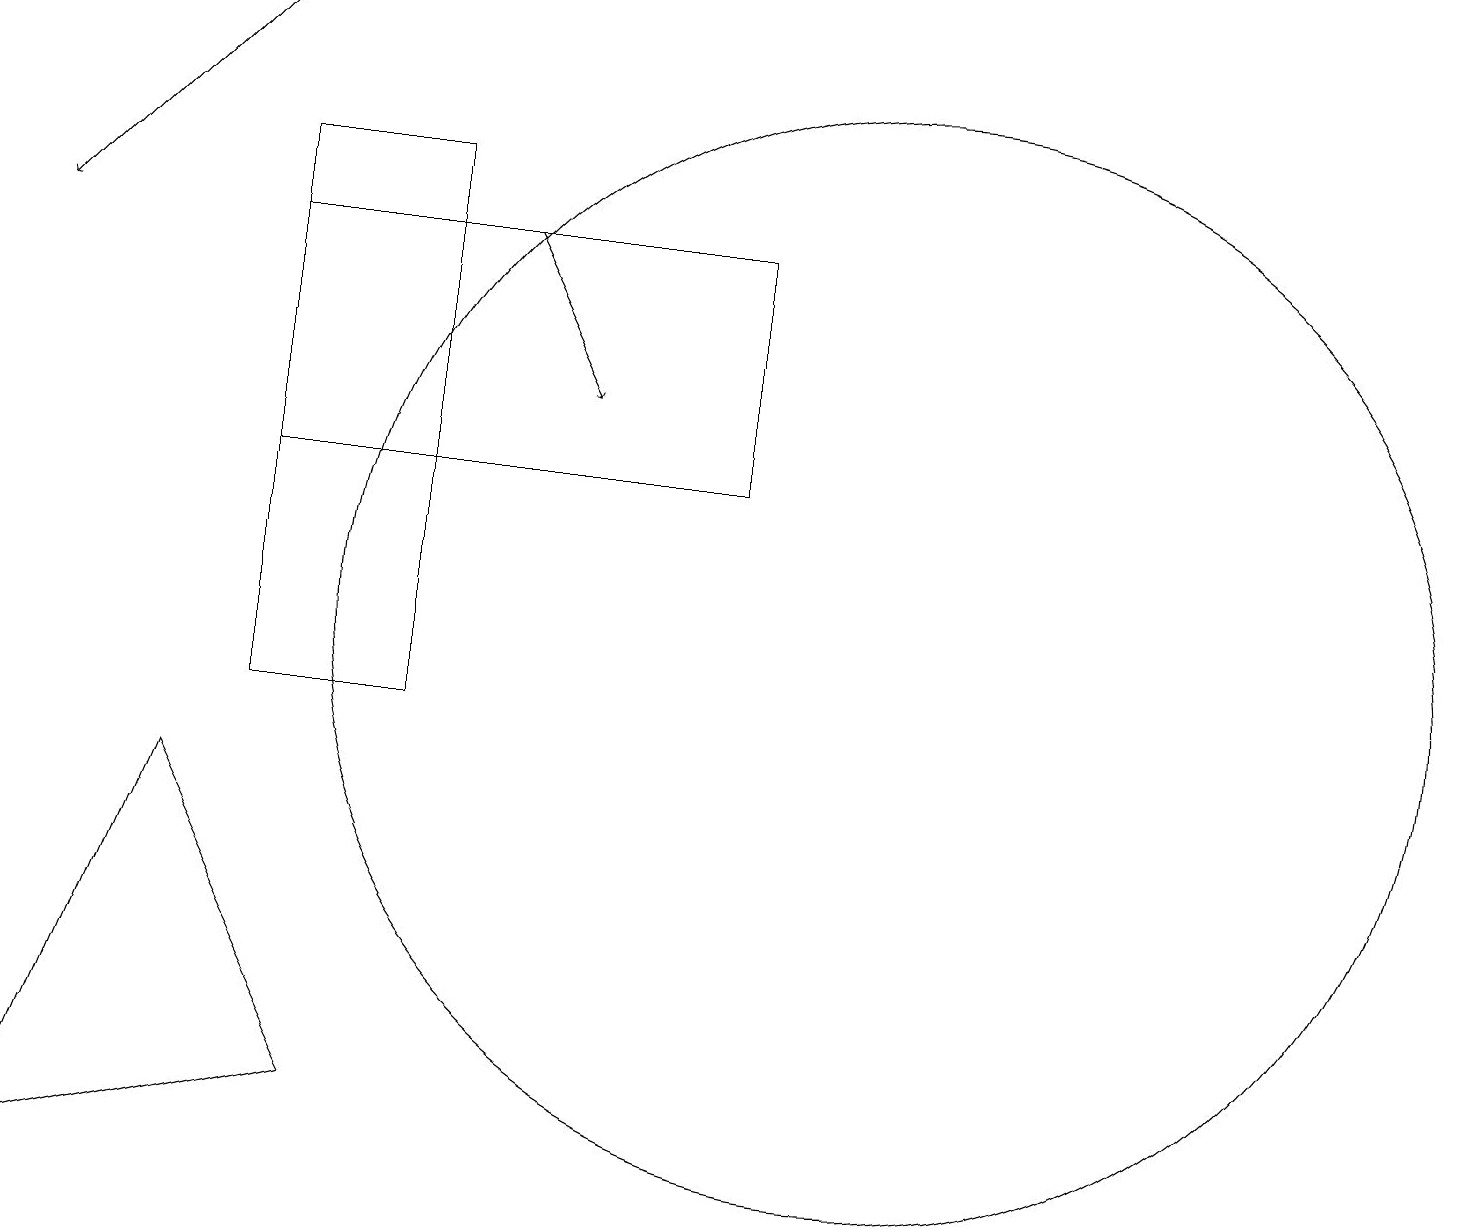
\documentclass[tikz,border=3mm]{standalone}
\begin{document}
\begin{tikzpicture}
\draw[->] (6,16) -- (7,14);
\draw[->] (3,19) -- (0,16);
\draw (4,5) -- (0,4) -- (2,9) -- cycle;
\draw (11,11) circle (7);
\draw (3,10) rectangle (5,17);
\draw (9,16) rectangle (3,13);
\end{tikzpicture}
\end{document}